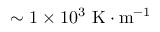
\sim 1 \times 1 0 ^ { 3 } \, \, \mathrm { K } \cdot \mathrm { m } ^ { - 1 }